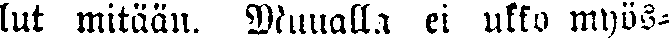
lut mitään. Muualla ei ukko myös-